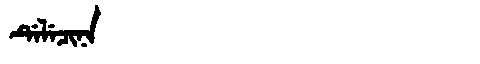
Manchu: ᡩᡝᠯᡝᠴᡳᠨᠠ
Romanization: DELECINA